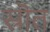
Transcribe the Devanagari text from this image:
स्रॊत